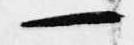
一